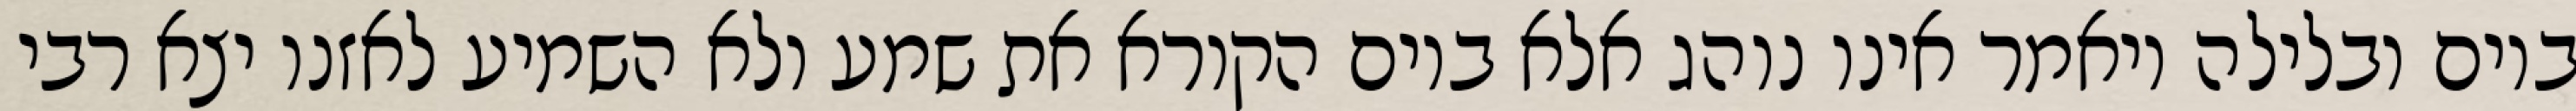
ביום ובלילה ויאמר אינו נוהג אלא ביום הקורא את שמע ולא השמיע לאזנו יצא רבי